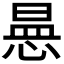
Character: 𭝾